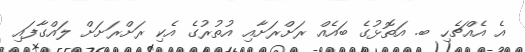
އެ އެއްޗެހި ބ. އަތޮޅުގެ ބައެއް ރަށްރަށާއި އުތުރުގެ އެކި ރަށްރަށަށް ލައްގާފައި